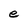
Character: e